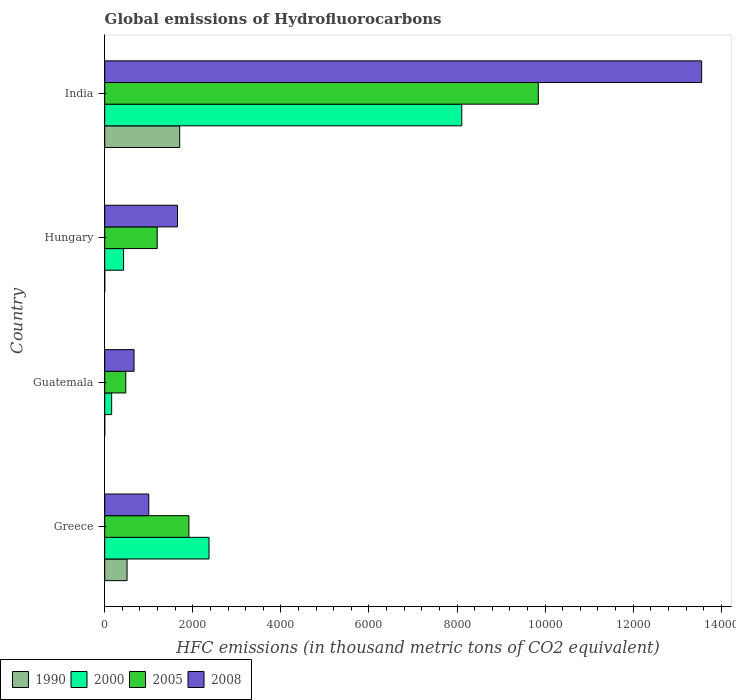
| Country | 1990 | 2000 | 2005 | 2008 |
 | --- | --- | --- | --- | --- |
 | Greece | 507 | 2.37e+03 | 1.91e+03 | 1e+03 |
 | Guatemala | 0.1 | 158 | 478 | 666 |
 | Hungary | 0.1 | 428 | 1.19e+03 | 1.65e+03 |
 | India | 1.7e+03 | 8.11e+03 | 9.85e+03 | 1.36e+04 |